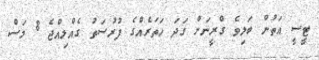
ޓީސީ އަތުން ބަލިވެ ގްރީނަށް ގަދަ ހަތަރެއްގެ ފުރުސަތު ގެއްލިއްޖެ 8 މަސް